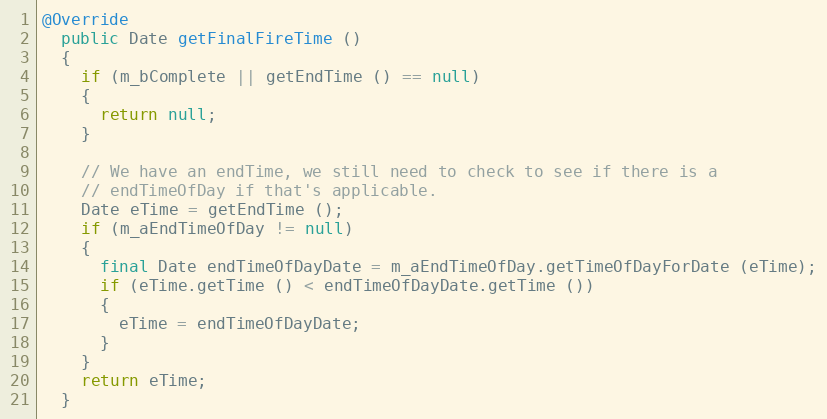
Language: Java
@Override
  public Date getFinalFireTime ()
  {
    if (m_bComplete || getEndTime () == null)
    {
      return null;
    }

    // We have an endTime, we still need to check to see if there is a
    // endTimeOfDay if that's applicable.
    Date eTime = getEndTime ();
    if (m_aEndTimeOfDay != null)
    {
      final Date endTimeOfDayDate = m_aEndTimeOfDay.getTimeOfDayForDate (eTime);
      if (eTime.getTime () < endTimeOfDayDate.getTime ())
      {
        eTime = endTimeOfDayDate;
      }
    }
    return eTime;
  }